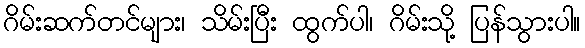
ဂိမ်းဆက်တင်များ၊ သိမ်းပြီး ထွက်ပါ၊ ဂိမ်းသို့ ပြန်သွားပါ။